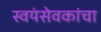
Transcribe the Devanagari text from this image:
स्वयंसेवकांचा